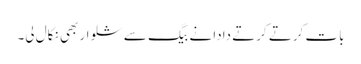
بات کرتے کرتے دادا نے بیگ سے شلوار بھی نکال لی۔